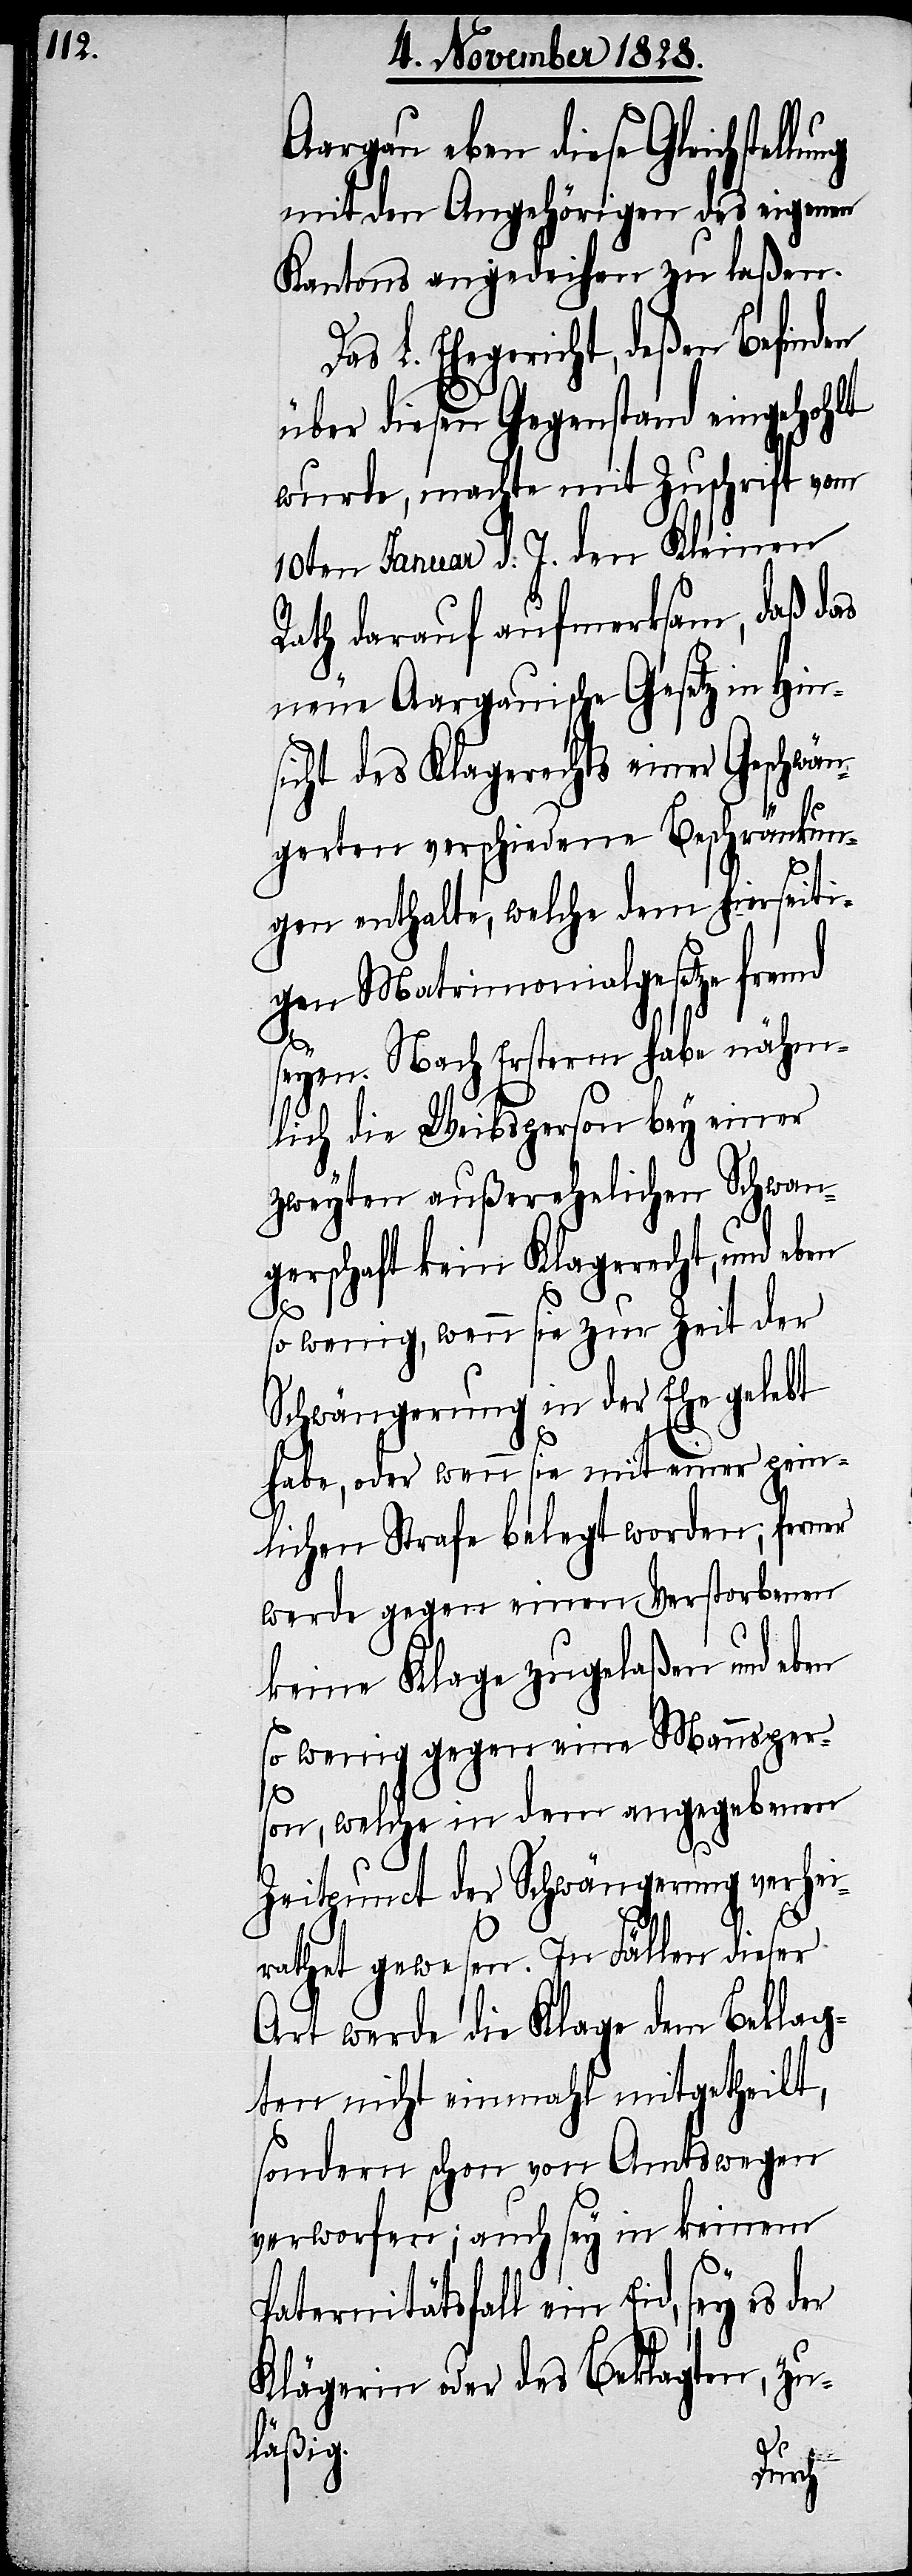
Aargau eben diese Gleichstel¬
mit den Angehörigen des eigenen
Kantons angedeihen zu laßen.
Das L. Ehegericht, deßen Befinden
über diesen Gegenstand eingehohlt
wurde, machte mit Zuschrift vom
10ten Januar d. J. den Kleinen
Rath darauf aufmerksam daß das
neue Aargauische Gesetz in Hin¬
sicht des Klagerechts einer Geschwän¬
gerten verschiedene Beschränkun¬
gen enthalte, welche dem hierseiti¬
gen Matrimonialgesetze fremd
seyen. Nach Ersterm habe nähm¬
lich die Weibsperson bey einer
zweyten außerehelichen Schwan¬
gerschaft kein Klagerecht, und eben
so wenig, wenn sie zur Zeit der
Schwängerung in der Ehe gelebt
habe, oder wenn sie mit einer pein¬
lichen Strafe belegt worden; ferner
werde gegen einen Verstorbenen
keine Klage zugelaßen und eben
so wenig gegen eine Mannsper¬
son, welch in dem angegebenen
Zeitpunct der Schwängerung verhei¬
rathet gewesen. In Fällen dieser
Art werde die Klage dem Beklag¬
ten nicht einmahl mitgetheilt,
sondern schon von Amtswegen
verworfen; auch sey in keinem
Paternitätsfall ein Eid, sey es der
Klägerin oder des Beklagten, zu¬
läßig.
lung